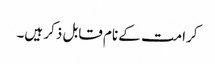
کرامت کے نام قابل ذکر ہیں۔